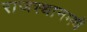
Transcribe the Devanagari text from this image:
राजस्थानमधे